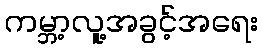
ကမ္ဘာ့လူ့အခွင့်အရေး